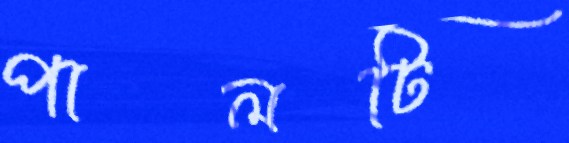
পালটি